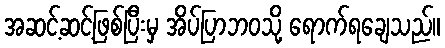
အဆင့်ဆင့်ဖြစ်ပြီးမှ အိပ်ပြာဘဝသို့ ရောက်ရချေသည်။